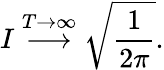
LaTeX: I\stackrel{T\rightarrow\infty}{\longrightarrow}\sqrt{\frac{1}{2\pi}}.